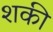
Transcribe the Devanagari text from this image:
शकी